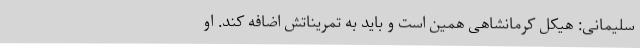
سلیمانی: هیکل کرمانشاهی همین است و باید به تمریناتش اضافه کند. او